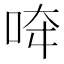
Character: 𱒪